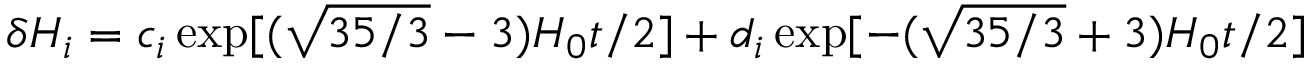
\delta H _ { i } = c _ { i } \exp [ ( \sqrt { 3 5 / 3 } - 3 ) H _ { 0 } t / 2 ] + d _ { i } \exp [ - ( \sqrt { 3 5 / 3 } + 3 ) H _ { 0 } t / 2 ]